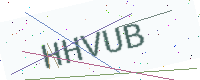
Text: HHVUB